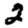
Digit: 2